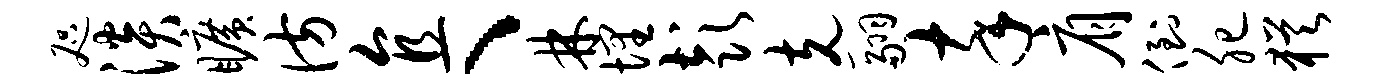
咫淡旷彷直、林埋彭克翮卒肩倒肥犹